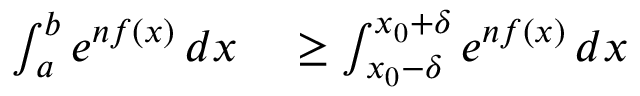
\begin{array} { r l } { \int _ { a } ^ { b } e ^ { n f ( x ) } \, d x } & { { } \geq \int _ { x _ { 0 } - \delta } ^ { x _ { 0 } + \delta } e ^ { n f ( x ) } \, d x } \end{array}